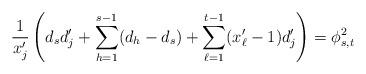
LaTeX: \begin{align*}\frac{1}{x'_{j}} \left( d_{s}d'_{j} + \sum_{h=1}^{s-1}(d_{h}-d_{s})+ \sum_{\ell=1}^{t-1}(x'_{\ell}-1)d'_{j} \right) = \phi^{2}_{s,t}\end{align*}